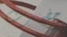
حضرت